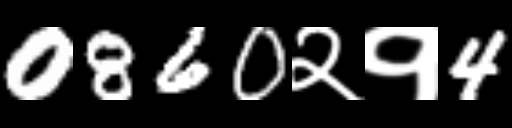
Text: 0860२१4